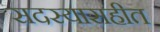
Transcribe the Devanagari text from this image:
सदस्यासहीत